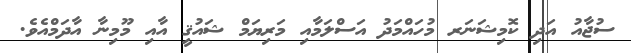
ސުޖާއު އަދި ކޮމިޝަނަރ މުހައްމަދު އަސްލަމާއި މަރިޔަމް ޝައުޤީ އާއި މޫމިނާ އާދަމްއެވެ.